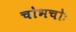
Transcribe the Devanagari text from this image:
चोभचोः